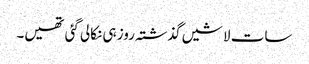
سات لاشیں گذشتہ روز ہی نکالی گئی تھیں۔